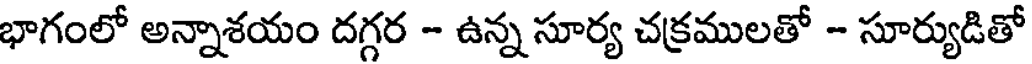
భాగంలో అన్నాశయం దగ్గర - ఉన్న సూర్య చక్రములతో - సూర్యుడితో